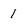
Character: 1